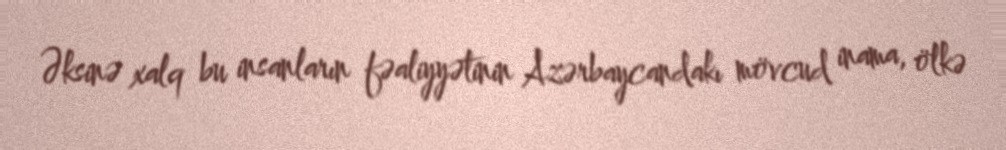
Əksinə xalq bu insanların fəaliyyətinin Azərbaycandakı mövcud inama, ölkə